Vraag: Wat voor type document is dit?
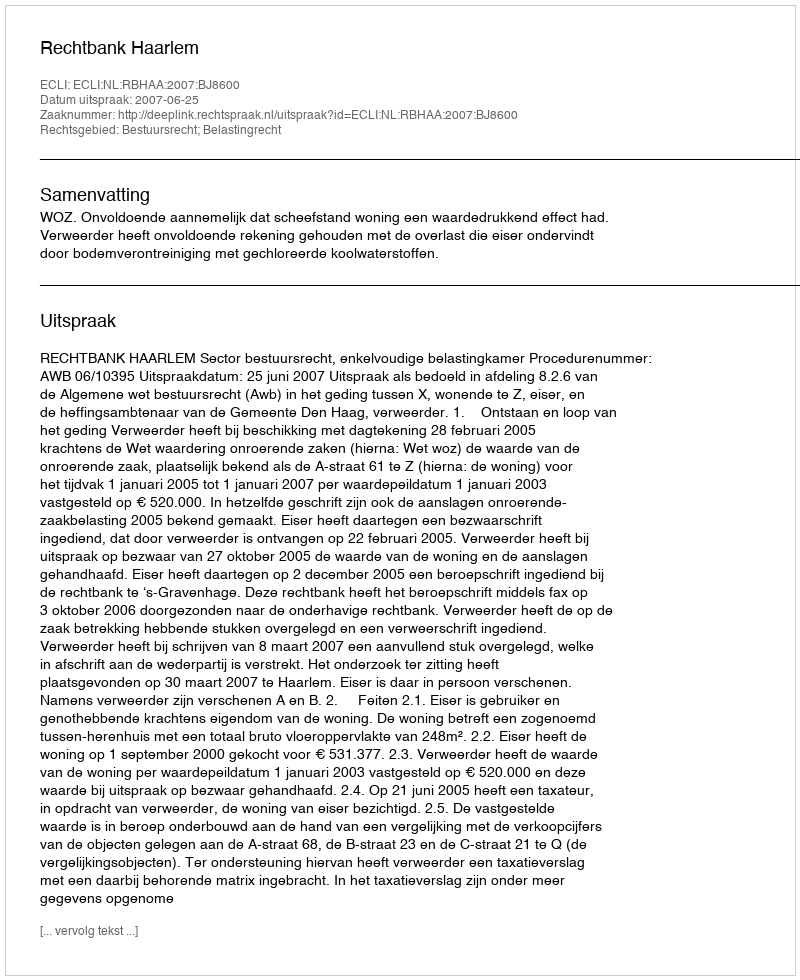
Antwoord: Uitspraak